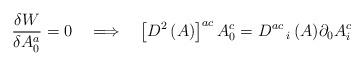
LaTeX: \begin{align*} \frac{\delta W}{\delta A^a_0}= 0 \quad \Longrightarrow \quad \left[D^2\, (A)\right]^{ac} A^c_0 = D^{ac}\,_i\, (A) \partial_0 A^c_i\end{align*}